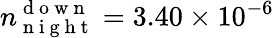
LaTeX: n_{\mathrm{~n~i~g~h~t~}}^{\mathrm{~d~o~w~n~}}=3.40\times 10^{-6}